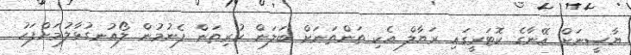
ޔާސީނަށް އޭނާގެ ކޮޓަރީގައި ރަޔާލް އެކި ތަންތަނަށް ބަލަން ހުރިތަން ފެނުމުން ލޯއުނގުޅާލުމަށްފަހު